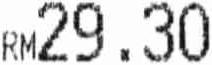
RM29.30